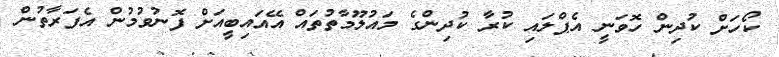
ކޯހަށް ކުދިން ހޮވަނީ އެޕްލައި ކުރާ ކުދިންގެ މައުލޫމާތުތައް އޭއައިބީއަށް ފޮނުވުމުން އެފަރާތުން